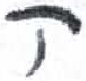
אות: ק